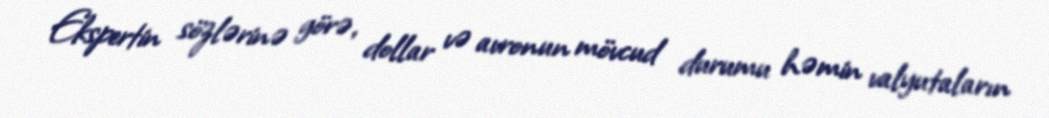
Ekspertin sözlərinə görə, dollar və avronun mövcud durumu həmin valyutaların